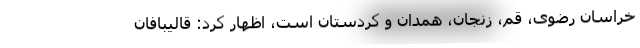
خراسان رضوی، قم، زنجان، همدان و کردستان است، اظهار کرد: قالیبافان